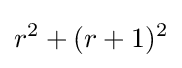
r^{2}+(r+1)^{2}